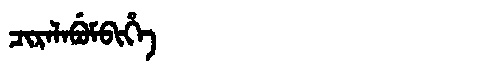
Manchu: ᠴᡳᡵᠠᠯᠠᠪᡠᠮᠪᡳᡥᡝ
Romanization: CIRALABUMBIHE